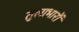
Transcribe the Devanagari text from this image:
तुलाभारों